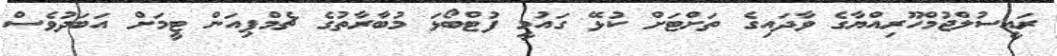
ރައީސުލްޖުމްހޫރިއްޔާގެ ވާދައިގެ ތަށްޓަށް ކުޅޭ ގައުމީ ފުޓްބޯޅަ މުބާރާތުގެ ޗެމްޕިއަން ޓީމަށް އަަބަދުވެސް